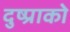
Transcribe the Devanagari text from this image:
दुष्प्राको